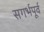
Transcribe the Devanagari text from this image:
सगर्भपूर्व